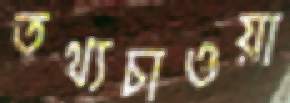
তথ্যচাওয়া